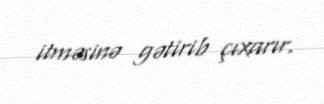
itməsinə gətirib çıxarır.